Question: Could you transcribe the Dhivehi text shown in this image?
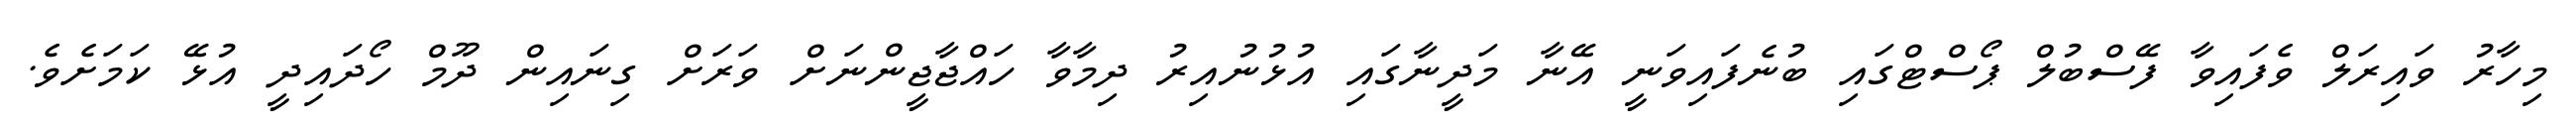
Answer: މިހާރު ވައިރަލް ވެފައިވާ ފޭސްބުލް ޕޯސްޓްގައި ބުނެފައިވަނީ އޭނާ މަދީނާގައި އުޅުނުއިރު ދިމާވާ ހައްޖާޖީންނަށް ވަރަށް ގިނައިން ދޫމް ހޯދައިދީ އުޅޭ ކަމަށެވެ.